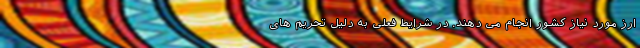
ارز مورد نیاز کشور انجام می دهند. در شرایط فعلی به دلیل تحریم های